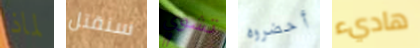
لماذا سنقتل تشوي أحضروه هاديء